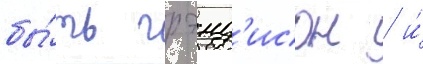
бы́ть грэнд'исон / и́